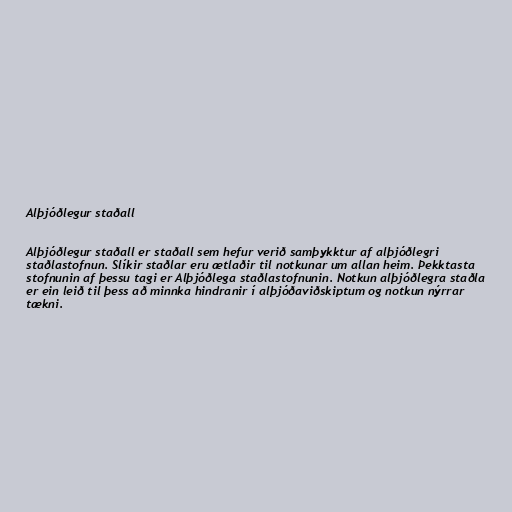
Alþjóðlegur staðall

Alþjóðlegur staðall er staðall sem hefur verið samþykktur af alþjóðlegri
staðlastofnun. Slíkir staðlar eru ætlaðir til notkunar um allan heim. Þekktasta
stofnunin af þessu tagi er Alþjóðlega staðlastofnunin. Notkun alþjóðlegra staðla
er ein leið til þess að minnka hindranir í alþjóðaviðskiptum og notkun nýrrar
tækni.